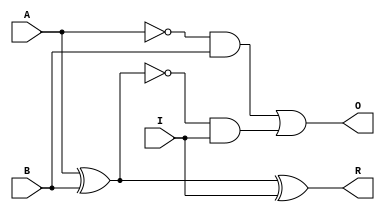
module Sub_1bit(R,O,A,B,I);
input A,B,I;
output R,O;
	assign	R = A ^ B ^ I,
				O = ((~A) & B) | ((~(A ^ B)) & I);
endmodule